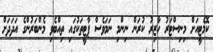
ކޮމެޓީއަށް މިނިސްޓަރު ހާޒިރު ކުރަން ނިންމި ނަމަވެސް ޕާޓީތަކުގައި ތިއްބެވި މެންބަރުންގެ އަދަދަށް